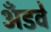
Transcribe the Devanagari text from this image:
अँडवे